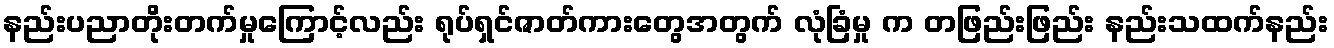
နည်းပညာတိုးတက်မှုကြောင့်လည်း ရုပ်ရှင်ဇာတ်ကားတွေအတွက် လုံခြံမှု က တဖြည်းဖြည်း နည်းသထက်နည်း